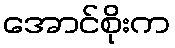
အောင်စိုးက